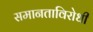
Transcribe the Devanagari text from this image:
समानताविरोधी